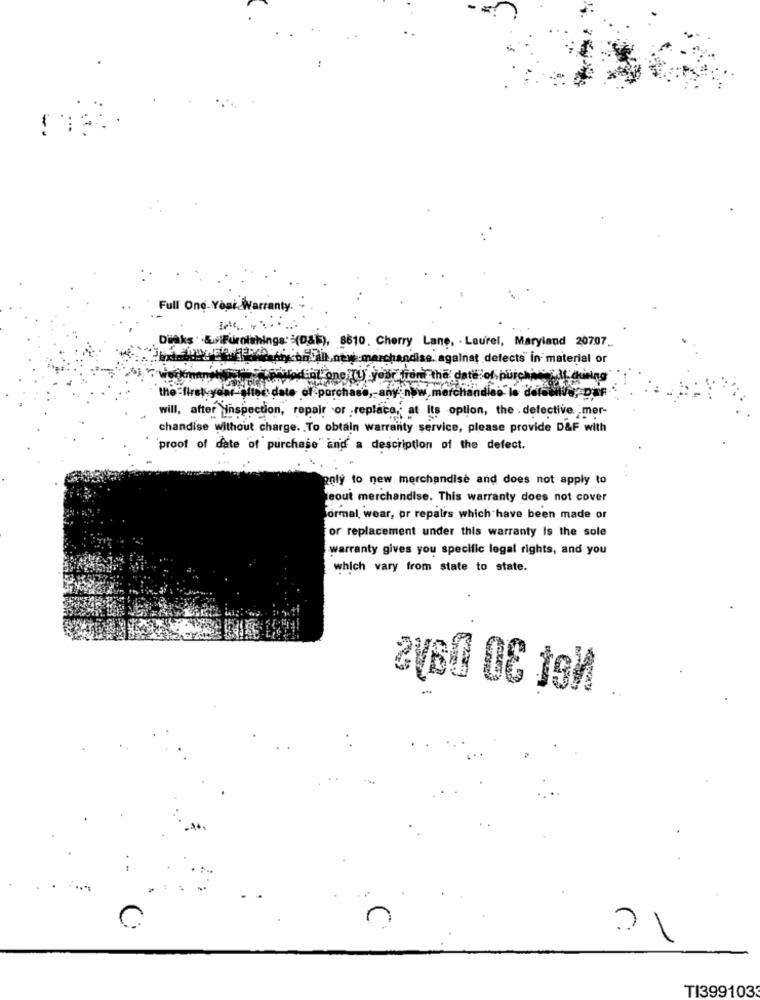
Full One-Yogi. Warranty.
Disks ' & Furnishings: (08), 8610. Cherry Lane, - Laurel, Maryland 20707.
tiny to give online marchandise against defects in material or
mitin corsodiat ono IL) your from the date of, purchini chining
-lige date of purchase, any now merchandise le delesilva, Dar
will, after inspection, repair or replace, at Its option, the . defective mer-
chandise without charge. To obtain warranty service, please provide D&F with
proof of date of purchase and a description of the defect.
poly to new merchandise and does not apply to
eout merchandise. This warranty does not cover
formal wear, or repairs which have been made or
for replacement under this warranty is the sole
warranty gives you specific legal rights, and you
which vary from state to state.
n
C
TI399103